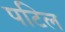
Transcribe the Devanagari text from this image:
पटिल